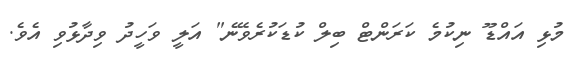
މުޅި އައްޑޫ ނިކުމެ ކަރަންޓް ބިލް ކުޑަކުރެވޭނެ" އަލީ ވަހީދު ވިދާޅުވި އެވެ.